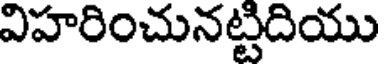
విహరించునట్టిదియు